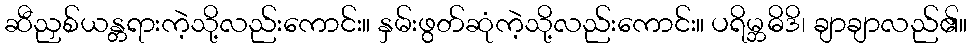
ဆီညှစ်ယန္တရားကဲ့သို့လည်းကောင်း။ နှမ်းဖွတ်ဆုံကဲ့သို့လည်းကောင်း။ ပရိမ္ဘဓိဒိ၊ ချာချာလည်၏။